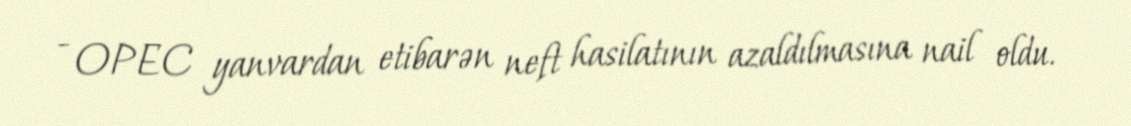
- OPEC yanvardan etibarən neft hasilatının azaldılmasına nail oldu.